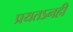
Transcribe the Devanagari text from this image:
प्रयतऽनही